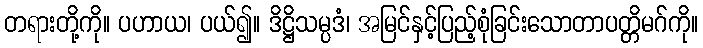
တရားတို့ကို။ ပဟာယ၊ ပယ်၍။ ဒိဋ္ဌိသမ္ပဒံ၊ အမြင်နှင့်ပြည့်စုံခြင်းသောတာပတ္တိမဂ်ကို။